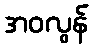
အဝလွန်